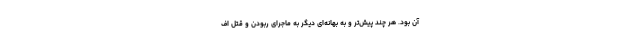
آن بود. هر چند پیش‌تر و به بهانه‌ای دیگر به ماجرای ربودن و قتل اف